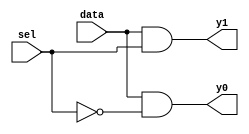
`timescale 1ns / 1ps

module demux_1x2(data,sel,y0,y1);
input data,sel;
output y1,y0;

assign y0 = data & ~sel;
assign y1 = data & sel;

endmodule